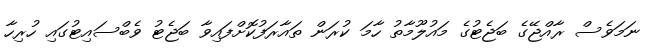
ނަމަވެސް ރާއްޖޭގެ ބަޖެޓުގެ މައުލޫމާތު ހާމަ ކުރަން ތައާރަފުކޮށްފައިވާ ބަޖެޓު ވެބްސައިޓުގައި ހުރިހާ